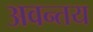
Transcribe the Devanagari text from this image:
अवन्तय